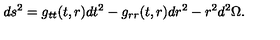
d s ^ { 2 } = g _ { t t } ( t , r ) d t ^ { 2 } - g _ { r r } ( t , r ) d r ^ { 2 } - r ^ { 2 } d ^ { 2 } \Omega .